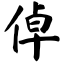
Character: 倬